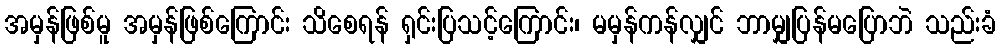
အမှန်ဖြစ်မူ အမှန်ဖြစ်ကြောင်း သိစေရန် ရှင်းပြသင့်ကြောင်း၊ မမှန်ကန်လျှင် ဘာမျှပြန်မပြောဘဲ သည်းခံ